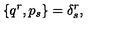
\{ q ^ { r } , p _ { s } \} = \delta _ { s } ^ { r } ,